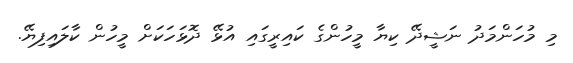
މި މުހަންމަދު ނަޝީދޭ ކިޔާ މީހުންގެ ކައިރީގައި އުޅޭ ދޮޅަހަކަށް މީހުން ކާލައިފިޔޭ.